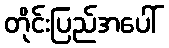
တိုင်းပြည်အပေါ်